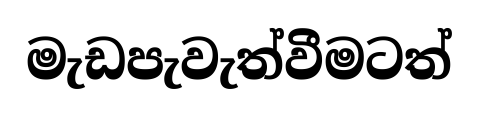
මැඩපැවැත්වීමටත්